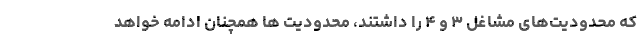
که محدودیت‌های مشاغل ۳ و ۴ را داشتند، محدودیت ها همچنان ادامه خواهد